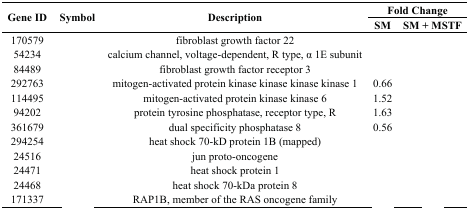
<table><thead><tr><td rowspan="2"><b>Gene ID</b></td><td rowspan="2"><b>Symbol</b></td><td rowspan="2"><b>Description</b></td><td colspan="2"><b>Fold Change</b></td></tr><tr><td><b>SM</b></td><td><b>SM + MSTF</b></td></tr></thead><tbody><tr><td>170579</td><td>[EMPTY_CELL]</td><td>fibroblast growth factor 22</td><td>[EMPTY_CELL]</td><td>[EMPTY_CELL]</td></tr><tr><td>54234</td><td>[EMPTY_CELL]</td><td>calcium channel, voltage-dependent, R type, α 1E subunit</td><td>[EMPTY_CELL]</td><td>[EMPTY_CELL]</td></tr><tr><td>84489</td><td>[EMPTY_CELL]</td><td>fibroblast growth factor receptor 3</td><td>[EMPTY_CELL]</td><td>[EMPTY_CELL]</td></tr><tr><td>292763</td><td>[EMPTY_CELL]</td><td>mitogen-activated protein kinase kinase kinase kinase 1</td><td>0.66</td><td>[EMPTY_CELL]</td></tr><tr><td>114495</td><td>[EMPTY_CELL]</td><td>mitogen-activated protein kinase kinase 6</td><td>1.52</td><td>[EMPTY_CELL]</td></tr><tr><td>94202</td><td>[EMPTY_CELL]</td><td>protein tyrosine phosphatase, receptor type, R</td><td>1.63</td><td>[EMPTY_CELL]</td></tr><tr><td>361679</td><td>[EMPTY_CELL]</td><td>dual specificity phosphatase 8</td><td>0.56</td><td>[EMPTY_CELL]</td></tr><tr><td>294254</td><td>[EMPTY_CELL]</td><td>heat shock 70-kD protein 1B (mapped)</td><td>[EMPTY_CELL]</td><td>[EMPTY_CELL]</td></tr><tr><td>24516</td><td>[EMPTY_CELL]</td><td>jun proto-oncogene</td><td>[EMPTY_CELL]</td><td>[EMPTY_CELL]</td></tr><tr><td>24471</td><td>[EMPTY_CELL]</td><td>heat shock protein 1</td><td>[EMPTY_CELL]</td><td>[EMPTY_CELL]</td></tr><tr><td>24468</td><td>[EMPTY_CELL]</td><td>heat shock 70-kDa protein 8</td><td>[EMPTY_CELL]</td><td>[EMPTY_CELL]</td></tr><tr><td>171337</td><td>[EMPTY_CELL]</td><td>RAP1B, member of the RAS oncogene family</td><td>[EMPTY_CELL]</td><td>[EMPTY_CELL]</td></tr></tbody></table>